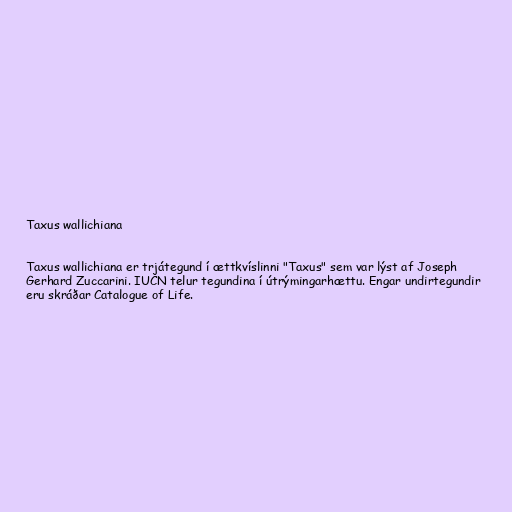
Taxus wallichiana

Taxus wallichiana er trjátegund í ættkvíslinni "Taxus" sem var lýst af Joseph
Gerhard Zuccarini. IUCN telur tegundina í útrýmingarhættu. Engar undirtegundir
eru skráðar Catalogue of Life.